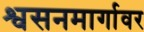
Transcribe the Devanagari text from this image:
श्वसनमार्गावर